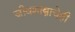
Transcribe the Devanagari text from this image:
जीवशास्त्राचेही